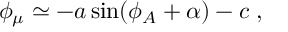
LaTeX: \phi _ { \mu } \simeq - a \sin ( \phi _ { A } + \alpha ) - c \; ,